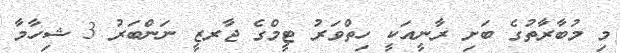
މި މުބާރާތުގެ ބަށި ރާނީއަކީ ހިތްވަރު ޓީމްގެ ޖާރޒީ ނަންބަރު 3 ޝިހާމާ